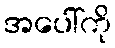
အပေါ်ကို